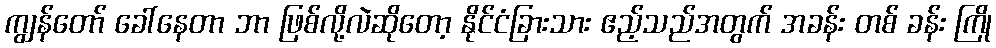
ကျွန်တော် ခေါ်နေတာ ဘာ ဖြစ်လို့လဲဆိုတော့ နိုင်ငံခြားသား ဧည့်သည်အတွက် အခန်း တစ် ခန်း ကြို